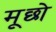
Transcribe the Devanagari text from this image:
मूछो